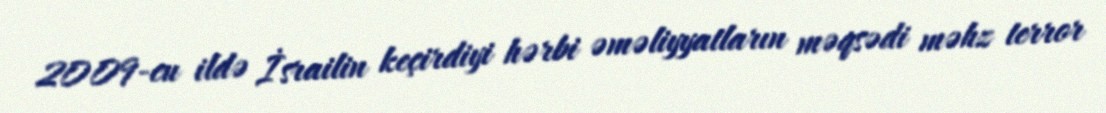
2009-cu ildə İsrailin keçirdiyi hərbi əməliyyatların məqsədi məhz terror